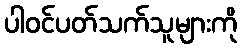
ပါဝင်ပတ်သက်သူများကို